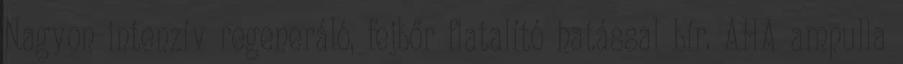
Nagyon intenzív regeneráló, fejbőr fiatalító hatással bír. AHA ampulla